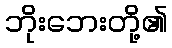
ဘိုးဘေးတို့၏